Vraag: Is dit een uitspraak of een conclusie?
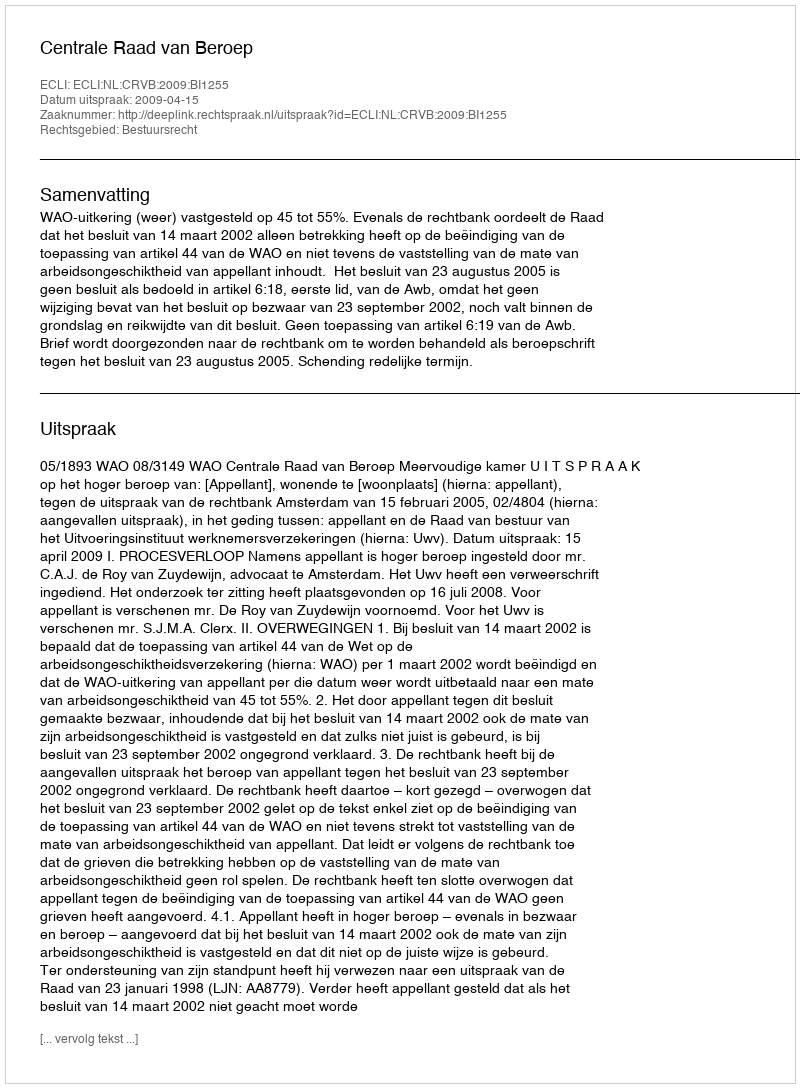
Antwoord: Uitspraak